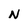
Character: N